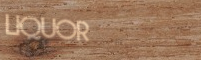
LIQUOR